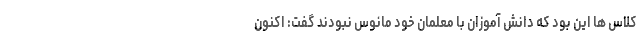
کلاس ها این بود که دانش آموزان با معلمان خود مانوس نبودند گفت: اکنون